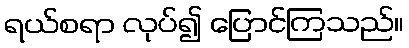
ရယ်စရာ လုပ်၍ ပြောင်ကြသည်။